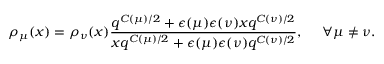
\rho _ { \mu } ( x ) = \rho _ { \nu } ( x ) \frac { q ^ { C ( \mu ) / 2 } + \epsilon ( \mu ) \epsilon ( \nu ) x q ^ { C ( \nu ) / 2 } } { x q ^ { C ( \mu ) / 2 } + \epsilon ( \mu ) \epsilon ( \nu ) q ^ { C ( \nu ) / 2 } } , ~ ~ ~ ~ \forall \mu \neq \nu .